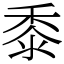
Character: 黍